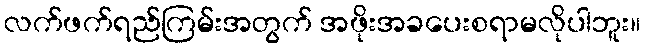
လက်ဖက်ရည်ကြမ်းအတွက် အဖိုးအခပေးစရာမလိုပါဘူး။